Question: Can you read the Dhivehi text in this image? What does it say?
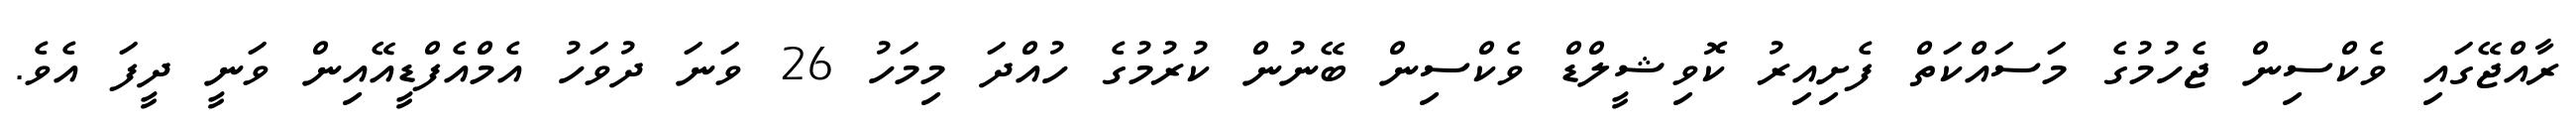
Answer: ރާއްޖޭގައި ވެކްސިން ޖެހުމުގެ މަސައްކަތް ފެށިއިރު ކޮވިޝީލްޑް ވެކްސިން ބޭނުން ކުރުމުގެ ހުއްދަ މިމަހު 26 ވަނަ ދުވަހު އެމްއެފްޑީއޭއިން ވަނީ ދީފަ އެވެ.